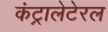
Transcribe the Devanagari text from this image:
कंट्रालेटेरल